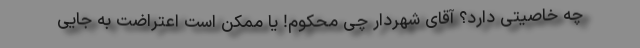
چه خاصیتی دارد؟ آقای شهردار چیِ محکوم! یا ممکن است اعتراضت به جایی